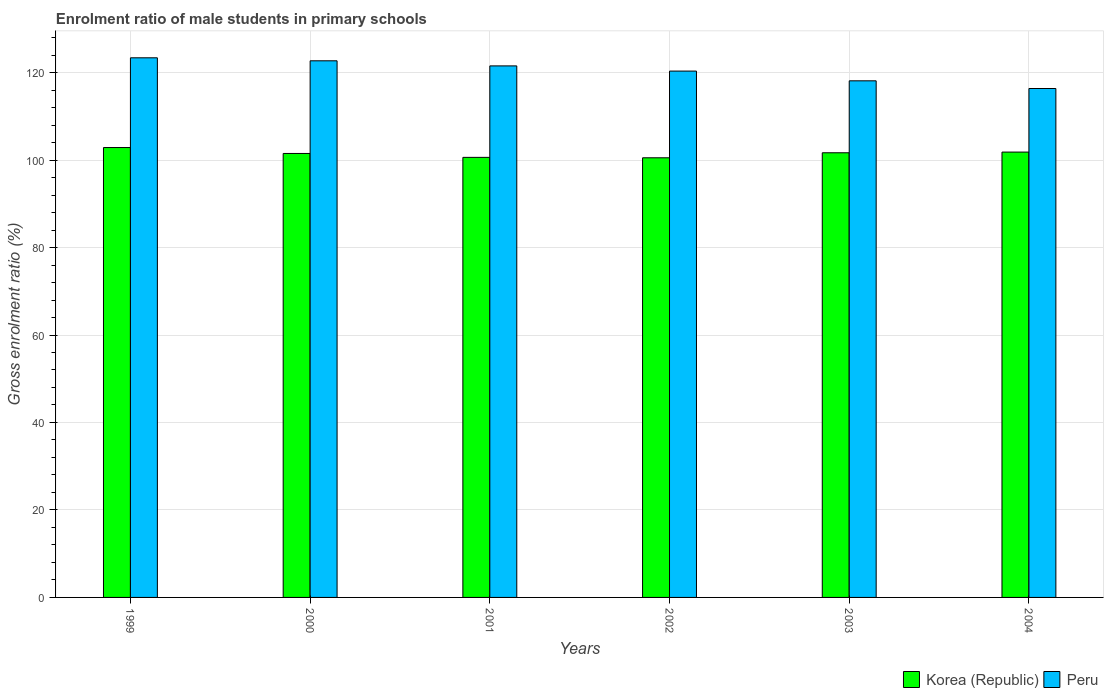
| Years | Korea (Republic) | Peru |
 | --- | --- | --- |
 | 1999 | 103 | 123 |
 | 2000 | 102 | 123 |
 | 2001 | 101 | 122 |
 | 2002 | 101 | 120 |
 | 2003 | 102 | 118 |
 | 2004 | 102 | 116 |